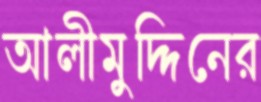
আলীমুদ্দিনের